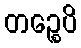
တဉ္စေပိ